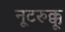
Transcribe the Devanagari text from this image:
नूटरुक्कू